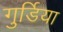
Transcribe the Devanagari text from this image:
गुर्डिया